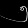
Digit: ၅